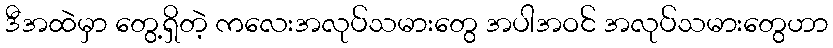
ဒီအထဲမှာ တွေ့ရှိတဲ့ ကလေးအလုပ်သမားတွေ အပါအဝင် အလုပ်သမားတွေဟာ